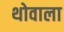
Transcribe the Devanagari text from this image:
थोवाला